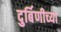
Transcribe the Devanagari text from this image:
दुर्बिणीच्‍या